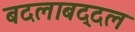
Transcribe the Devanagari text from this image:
बदलाबद्दल